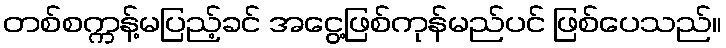
တစ်စက္ကန့်မပြည့်ခင် အငွေ့ဖြစ်ကုန်မည်ပင် ဖြစ်ပေသည်။